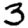
Digit: 3